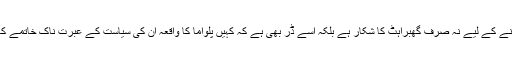
وہ اپنی ناکامی چھپانے کے لیے نہ صرف گھبراہٹ کا شکار ہے بلکہ اسے ڈر بھی ہے کہ کہیں پلواما کا واقعہ ان کی سیاست کے عبرت ناک خاتمے کا باعث نہ بن جائے۔